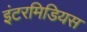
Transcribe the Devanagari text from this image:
इंटरमिडियस